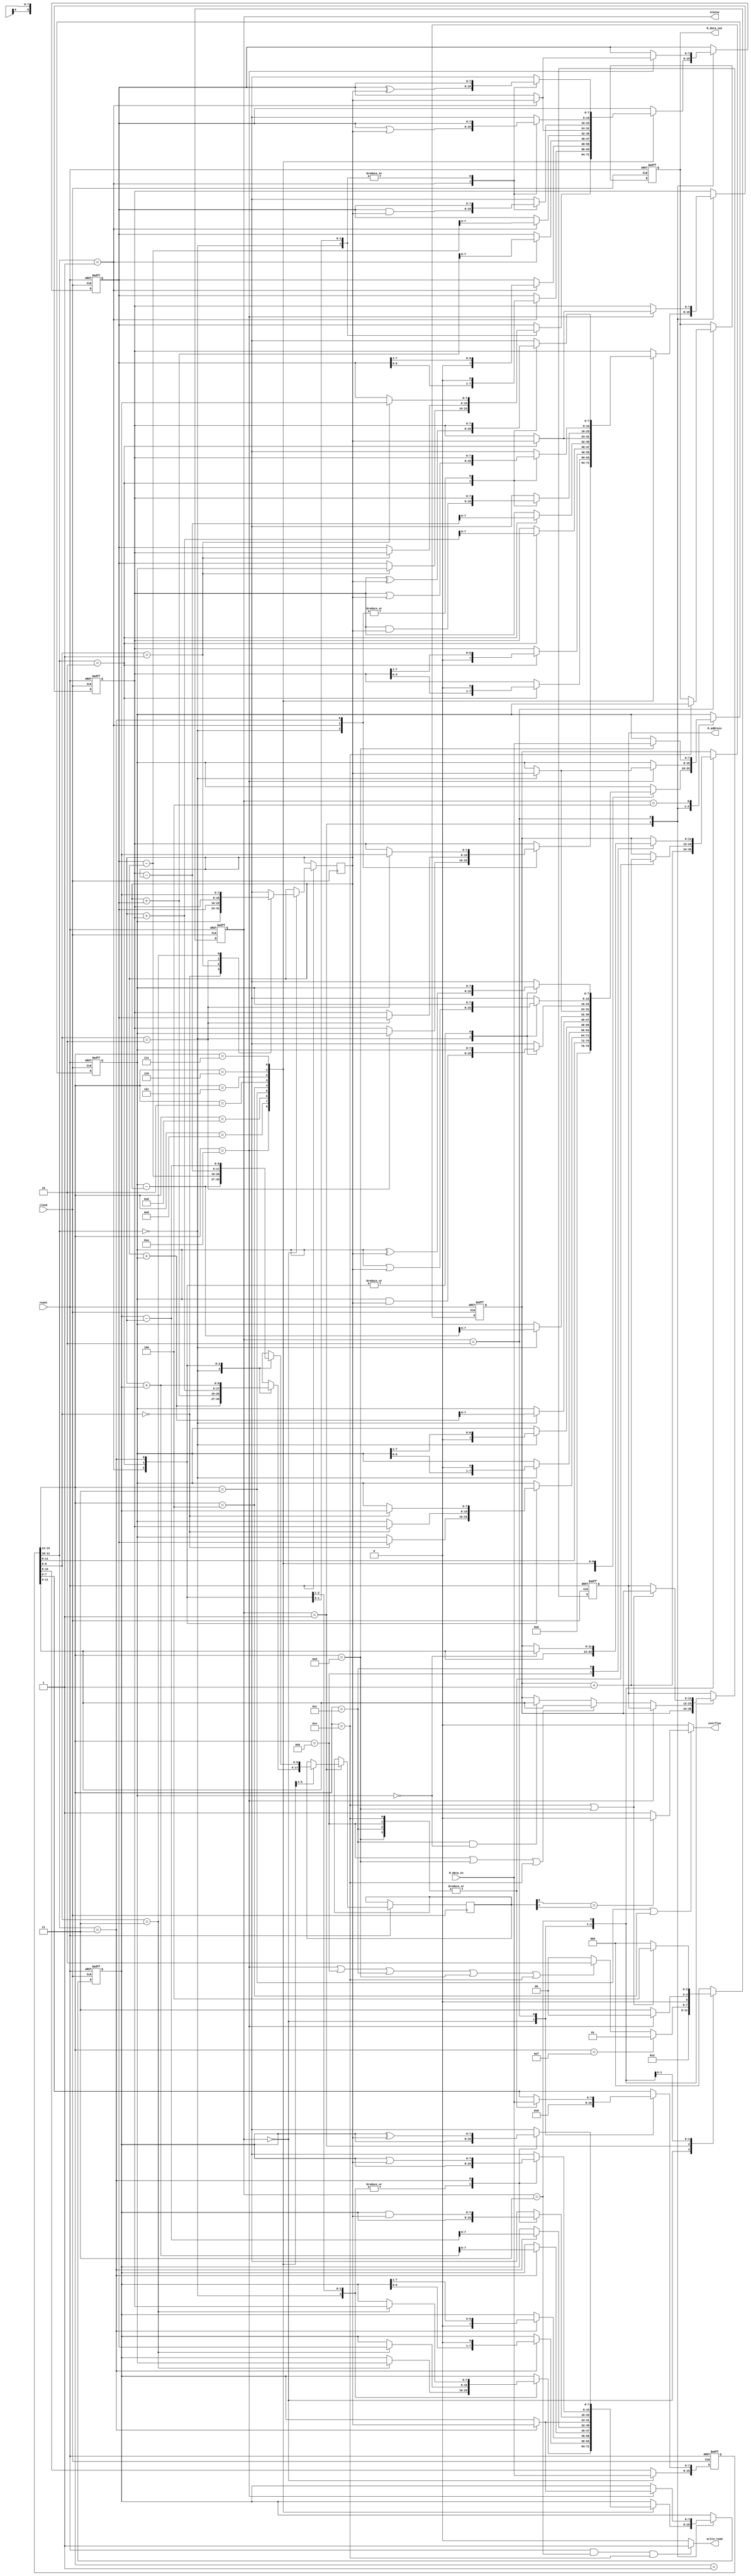
module cpu_design (reset, clock, write_read, M_address, M_data_in, M_data_out,overflow,status);
input reset,clock;
input[7:0] M_data_in;
output reg write_read,overflow;
output reg [7:0] M_data_out;
output reg[11:0] M_address;
reg[15:0] IR;
reg[7:0] MDR;
reg[11:0] MAR,PC;
reg [7:0]R0;
reg [7:0]R1;
reg [7:0]R2;
reg [7:0]R3;
reg [7:0]A;
reg [8:0]F;
//
output reg[2:0] status;
parameter idle=4'b0000, load=4'b0001, move=4'b0010, add=4'b0011, sub=4'b0100, AND=4'b0101;
parameter OR=4'b0110, XOR=4'b0111, shrp=4'b1000, shlp=4'b1001, swap=4'b1010, jmp=4'b1011;
parameter jz=4'b1100, read=4'b1101, write=4'b1110, stop=4'b1111;//
 
always@(reset or status) // process the read and write operation for main memory. 
begin
	if((reset==1)&&(status==3)&&(IR[15:12]==write)) 
		write_read=1'b1;//write opeartion
	else
		write_read=1'b0;//read operation
	M_address=MAR;
	M_data_out=MDR;
	overflow=1'b0;
	if(IR[15:12]==add || IR[15:12]==sub)
	begin
		if(F[8]==F[7])
			overflow=0;
		else
			overflow=1;
	end
		//overflowoverflow1.
 end
 
always @(negedge clock or negedge reset)// status_change process, status machine 
begin
	if(reset==1'b0)
	begin
		MAR<=12'b000000000000;
		status<=3'b000;// valid reset signal is 0 
	end
	else if(clock==1'b0)// descend edge of clock 
		case (status)
			3'b000: begin
						status<=3'b001;
						MAR<=PC;
						case(IR[9:8])
							2'b00: A<=R0;
							2'b01: A<=R1;
							2'b10: A<=R2;
							2'b11: A<=R3;
						endcase
					end
			3'b001: begin
						if(IR[15:12]==stop)status<=1;
						else if (IR[15:12]==swap|| (IR[15:12]==jmp)|| IR[15:12]==jz || IR[15:12]==read || IR[15:12]==write)// /
							status<=3'b010;
						else
							status<=3'b000;
					end
			3'b010:begin 
						if(IR[15:12]==swap)
							status <= 3'b000;
						else if ((IR[15:12]==jmp)||(IR[15:12]==read)||(IR[15:12]==write))
						begin
							MAR <= IR[11:0];
							status <= 3'b011;
						end
						else if((IR[15:12]==jz)&& (R0[7:0] == 8'b0000_0000))//
						begin
							MAR <= IR[11:0];
							status <= 3'b011;
						end
						else
						begin
							MAR <= PC;
							status <= 3'b011;
						end
					end
			3'b011:begin
						if((IR[15:12]==write) || (IR[15:12]==read))
						begin
							MAR<=PC;
							status<=3'b100;
						end
						else
							status<=3'b000;
					 end
			3'b100:begin
						status<=3'b000;
					 end
			default:status<=3'b000;
		endcase
end
always@(posedge clock or negedge reset)//process each status of each instruction 
begin
	if(reset==1'b0) 
	begin
		IR<=16'h0000;
		PC<=12'b000000000000;
		MDR<=8'b00000000;
		R0<=8'b00000000;
		R1<=8'b00000000;
		R2<=8'b00000000;
		R3<=8'b00000000;//reset operation
	end
	else if (clock==1'b1)
	begin
		case (status)
			3'b000: begin
						IR[15:8]<=M_data_in;
						IR[7:0]<=8'b00000000; 
						PC<=PC+12'b000000000001; 
					end // status 0, fetch instruction
			3'b001: begin //status 1
						case(IR[15:12])//IR[15:12] is op segment
							load: R0<={4'b0000,IR[11:8]}; 
							swap:begin
									case(IR[11:10])
										2'b00:begin
													case(IR[9:8])
														2'b00:R0<=R0;
														2'b01:R1<=R0;
														2'b10:R2<=R0;
														2'b11:R3<=R0;
													endcase
												end
										2'b01:begin
													case(IR[9:8])
														2'b00:R0<=R1;
														2'b01:R1<=R1;
														2'b10:R2<=R1;
														2'b11:R3<=R1;
													endcase
												end
										2'b10:begin
													case(IR[9:8])
														2'b00:R0<=R2;
														2'b01:R1<=R2;
														2'b10:R2<=R2;
														2'b11:R3<=R2;
													endcase
												end
										2'b11:begin
													case(IR[9:8])
														2'b00:R0<=R3;
														2'b01:R1<=R3;
														2'b10:R2<=R3;
														2'b11:R3<=R3;
													endcase
												end
									endcase
								  end
							shlp:begin 
									case(IR[11:10]) 
										2'b00:R0<=R0<<1;
										2'b01:R1<=R1<<1;
										2'b10:R2<=R2<<1;
										2'b11:R3<=R3<<1;
									endcase
								  end
							shrp:begin
									case(IR[11:10]) 
										2'b00:R0<=R0>>1;
										2'b01:R1<=R1>>1;
										2'b10:R2<=R2>>1;
										2'b11:R3<=R3>>1;
									endcase
								  end
							add:begin
									case(IR[11:10])
										2'b00:begin
													F=A+R0;
													R0<=F[7:0];
												end
										2'b01:begin
													F=A+R1;
													R1<=F[7:0];
												end
										2'b10:begin
													F=A+R2;
													R2<=F[7:0];
												end
										2'b11:begin
													F=A+R3;
													R3<=F[7:0];
												end
									endcase
								 end
							sub:begin
									case(IR[11:10])
										2'b00:begin
													F=R0-A;
													R0<=F[7:0];
												end
										2'b01:begin
													F=R1-A;
													R1<=F[7:0];
												end
										2'b10:begin
													F=R2-A;
													R2<=F[7:0];
												end
										2'b11:begin
													F=R3-A;
													R3<=F[7:0];
												end
									endcase
								 end
							move:begin
										case(IR[11:10])
											2'b00:R0<=A;
											2'b01:R1<=A;
											2'b10:R2<=A;
											2'b11:R3<=A;
										endcase
								  end
							AND:begin
									case(IR[11:10])
										2'b00:R0=R0 & A;
										2'b01:R1=R1 & A;
										2'b10:R2=R2 & A;
										2'b11:R3=R3 & A;
									endcase
								 end
							OR:begin
									case(IR[11:10])
										2'b00:R0=R0 | A;
										2'b01:R1=R1 | A;
										2'b10:R2=R2 | A;
										2'b11:R3=R3 | A;
									endcase
								end
							XOR:begin
									case(IR[11:10])
										2'b00:R0=R0 ^ A;
										2'b01:R1=R1 ^ A;
										2'b10:R2=R2 ^ A;
										2'b11:R3=R3 ^ A;
									endcase
								 end
							default:;
						endcase
					end//status
			3'b010:begin
						case(IR[15:12])
							swap:begin
									case(IR[11:10])
										2'b00:R0<=A;
										2'b01:R1<=A;
										2'b10:R2<=A;
										2'b11:R3<=A;
									endcase
								  end
							read:begin
									IR[7:0]<=M_data_in;
									PC<=PC+12'b000000000001;
								  end
							write:begin
										IR[7:0]<=M_data_in;
										PC<=PC+12'b000000000001;
										MDR<=R0;
									end
							jmp:begin
									IR[7:0]<=M_data_in;
									PC<=PC+12'b000000000001;
								 end
							jz:begin
									IR[7:0]<=M_data_in;
									PC<=PC+12'b000000000001;
								end
						endcase
					 end
			3'b011:begin
						case(IR[15:12])
							jmp:begin
										PC<=IR[11:0];
									end
							jz:begin
									if(R0==8'b00000000)
										PC<=IR[11:0];
								end
							default:;
						endcase
					 end
			3'b100:begin
						case(IR[15:12])
							read:begin
									R0<=M_data_in;
								  end
						endcase
					 end
			default:;//status
		endcase
	end
end 
endmodule